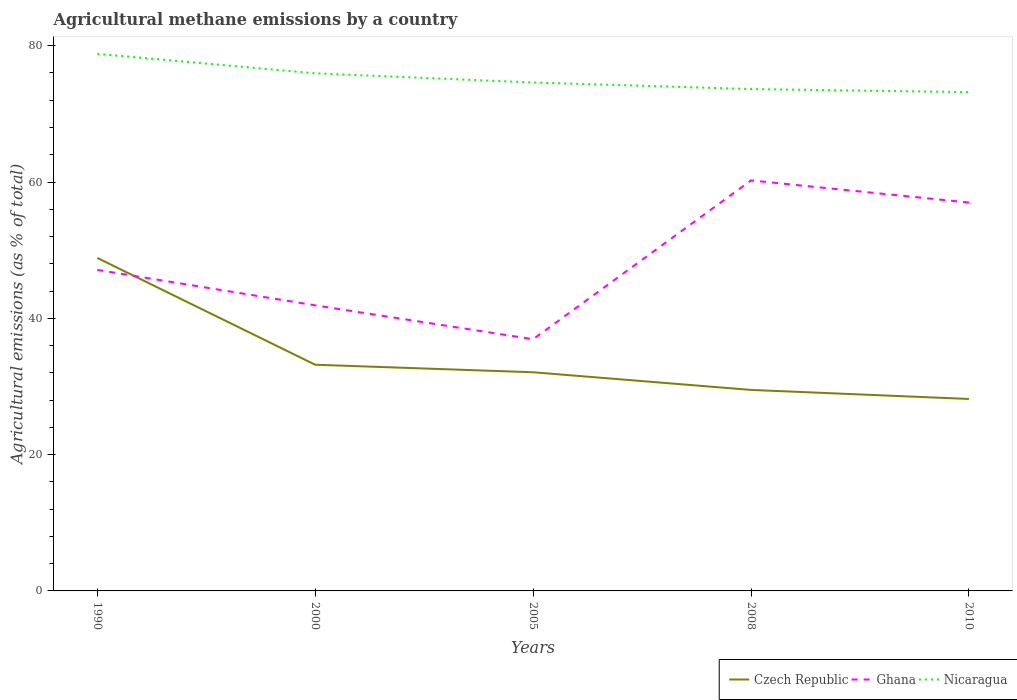
| Years | Czech Republic | Ghana | Nicaragua |
 | --- | --- | --- | --- |
 | 1990 | 48.9 | 47.1 | 78.8 |
 | 2000 | 33.2 | 41.9 | 75.9 |
 | 2005 | 32.1 | 36.9 | 74.6 |
 | 2008 | 29.5 | 60.2 | 73.6 |
 | 2010 | 28.2 | 57 | 73.2 |